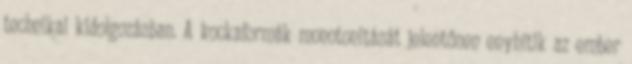
technikai kidolgozásban. A kockaformák monotonitását jelentősen enyhítik az ember